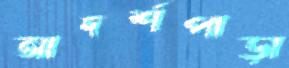
আদর্শপাড়া